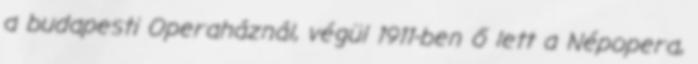
a budapesti Operaháznál, végül 1911-ben ő lett a Népopera,